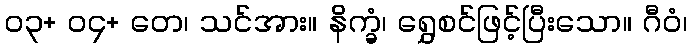
၀၃+ ၀၄+ တေ၊ သင်အား။ နိက္ခံ၊ ရွှေစင်ဖြင့်ပြီးသော။ ဂီဝံ၊